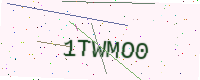
Text: 1TWMO0